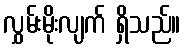
လွှမ်းမိုးလျက် ရှိသည်။